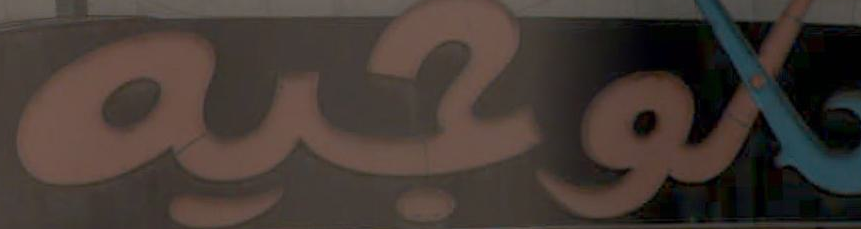
موجيه